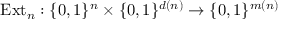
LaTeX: { \mathrm { E x t } } _ { n } : \{ 0 , 1 \} ^ { n } \times \{ 0 , 1 \} ^ { d ( n ) } \rightarrow \{ 0 , 1 \} ^ { m ( n ) }